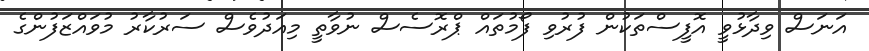
އަނަސް ވިދާޅުވީ އޮފީސްތަކުން ފުރުވި ފޯމުތައް ޕްރޮސެސް ނުވާތީ މިއަދުވެސް ސަރުކާރު މުވައްޒަފުންގެ